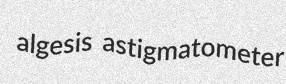
algesis astigmatometer